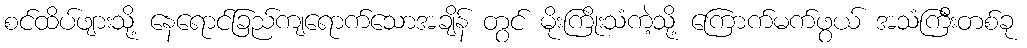
စင်ထိပ်ဖျားသို့ နေရောင်ခြည်ကျရောက်သောအချိန် တွင် မိုးကြိုးသံကဲ့သို့ ကြောက်မက်ဖွယ် အသံကြီးတစ်ခု